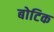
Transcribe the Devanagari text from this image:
बोटिक